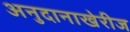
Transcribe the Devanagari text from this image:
अनुदानाखेरीज